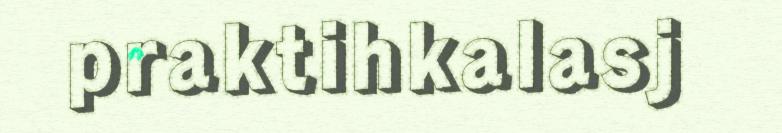
praktihkalasj